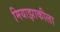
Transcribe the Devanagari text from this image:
मियाझाकीला